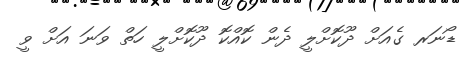
ޑޯނަރ ގެއަށް ދޫކޮށްލީ ދެން ކޮއްކޮ ދޫކޮށްލީ ހަތް ވަނަ އަށް ވީ